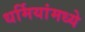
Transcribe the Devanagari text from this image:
धर्मियांमध्ये